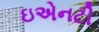
ઇએનટી